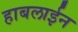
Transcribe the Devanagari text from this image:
हाबलाईन